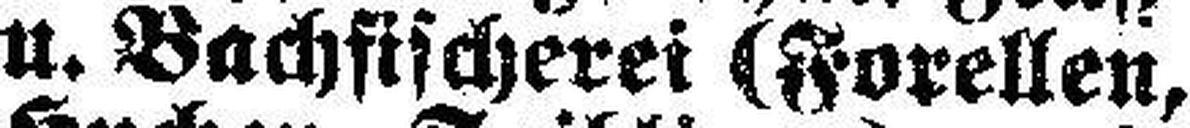
u. Bachfischerei (Forellen,